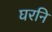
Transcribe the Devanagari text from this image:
घरनि